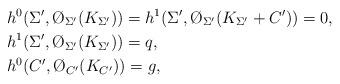
LaTeX: \begin{align*}&h^0(\Sigma', \O_{\Sigma'}(K_{\Sigma'}))=h^1(\Sigma', \O_{\Sigma'}(K_{\Sigma'}+C'))=0, \\ &h^1(\Sigma', \O_{\Sigma'}(K_{\Sigma'}))=q, \\ &h^0(C', \O_{C'}(K_{C'}))=g, \end{align*}